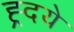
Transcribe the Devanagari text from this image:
ह्र्दये